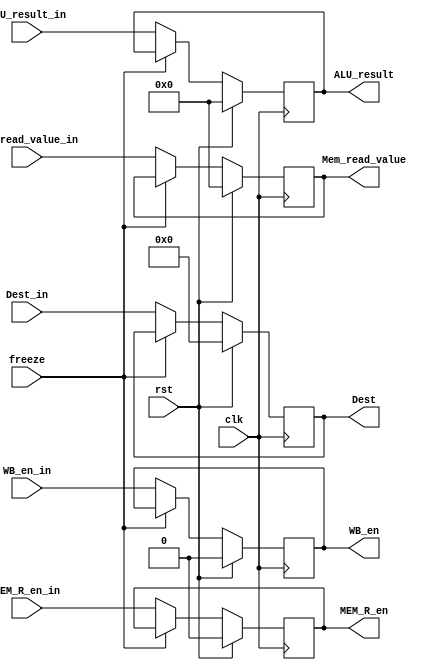
module MEM_reg(input freeze, clk, rst, WB_en_in, MEM_R_en_in, input[31:0] ALU_result_in, Mem_read_value_in, input[4:0] Dest_in, output reg WB_en, MEM_R_en, output reg[31:0] ALU_result, Mem_read_value, output reg[4:0] Dest);
	initial begin
		WB_en=1'd0; MEM_R_en=1'd0; ALU_result=32'd0; Mem_read_value=32'd0;Dest = 5'd0;
	end
	always@(posedge clk)begin
		if (rst) begin
			WB_en=1'd0; MEM_R_en=1'd0; ALU_result=32'd0; Mem_read_value=32'd0;Dest = 5'd0;
		end
		else if(!freeze) begin
			WB_en <= WB_en_in;
			MEM_R_en <= MEM_R_en_in;
			ALU_result <= ALU_result_in;
			Mem_read_value <= Mem_read_value_in;
			Dest <= Dest_in;
		end
		
	end
endmodule